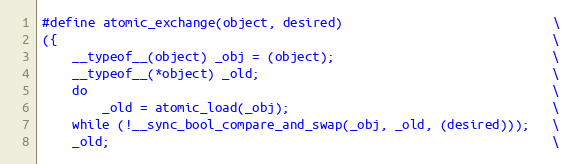
Language: C
#define atomic_exchange(object, desired)                            \
({                                                                  \
    __typeof__(object) _obj = (object);                             \
    __typeof__(*object) _old;                                       \
    do                                                              \
        _old = atomic_load(_obj);                                   \
    while (!__sync_bool_compare_and_swap(_obj, _old, (desired)));   \
    _old;                                                           \